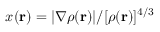
x ( { \bf r } ) = | \nabla \rho ( { \bf r } ) | / [ \rho ( { \bf r } ) ] ^ { 4 / 3 }